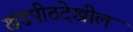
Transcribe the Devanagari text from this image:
खंडपीठदेखील